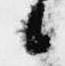
候